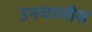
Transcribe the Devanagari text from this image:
उनचालीस